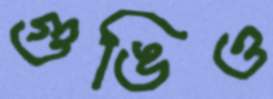
গুঙিও